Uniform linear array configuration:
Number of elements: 64
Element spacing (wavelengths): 0.5
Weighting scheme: hamming
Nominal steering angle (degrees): -30
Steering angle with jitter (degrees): -30.834
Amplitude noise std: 0.05
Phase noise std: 0.05

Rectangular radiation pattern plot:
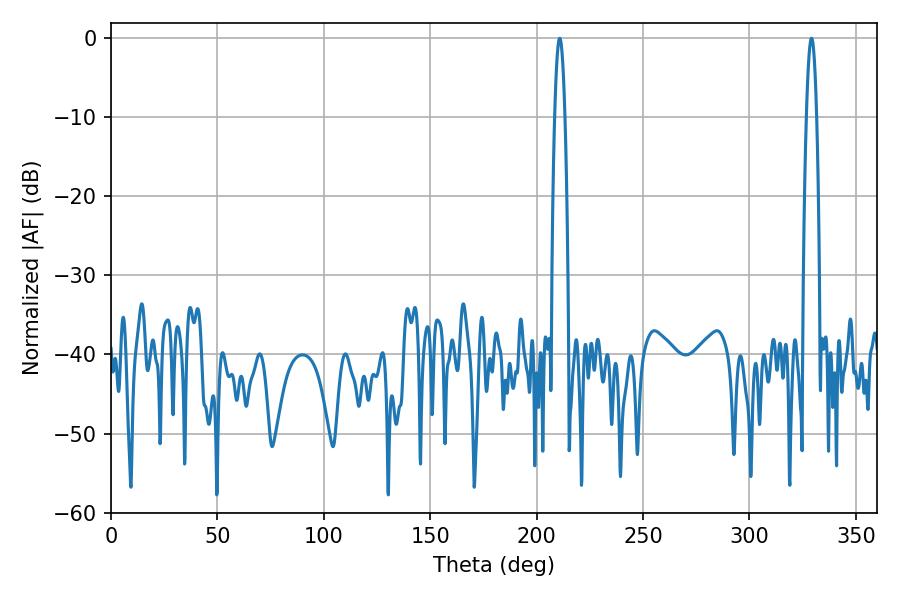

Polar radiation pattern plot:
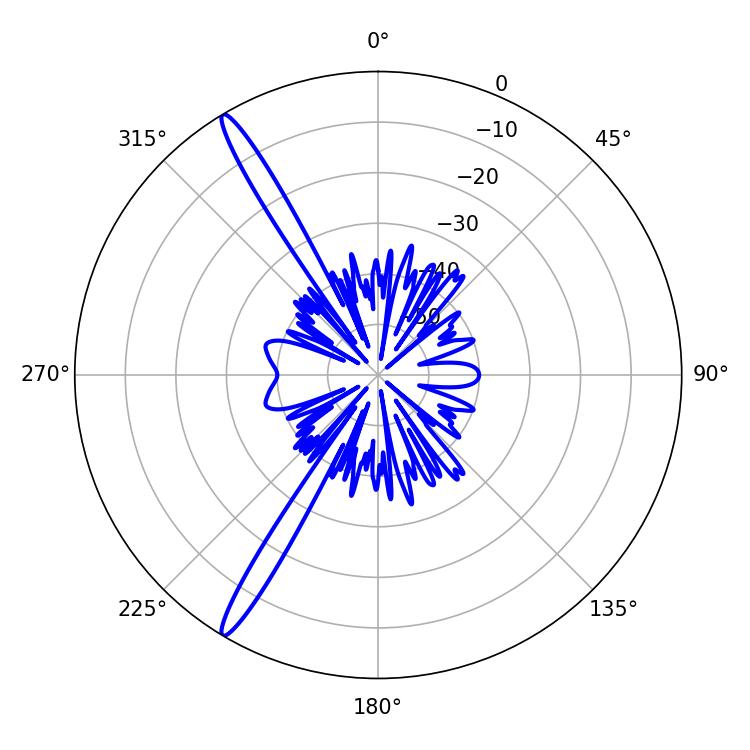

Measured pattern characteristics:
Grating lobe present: FALSE
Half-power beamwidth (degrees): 2.7
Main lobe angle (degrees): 210.78